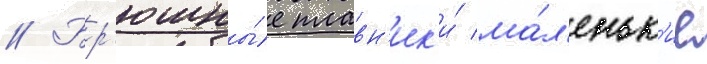
// Бр'юшны́е плавн'ик'и́ ма́л'еньк'ие